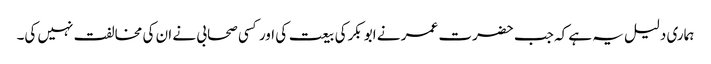
ہماری دلیل یہ ہے کہ جب حضرت عمر نے ابو بکرکی بیعت کی اور کسی صحابی نے ان کی مخالفت نہیں کی۔